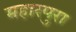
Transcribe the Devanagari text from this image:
महारपुरा